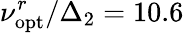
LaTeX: \nu_{\mathrm{opt}}^{r}/\Delta_{2}=10.6